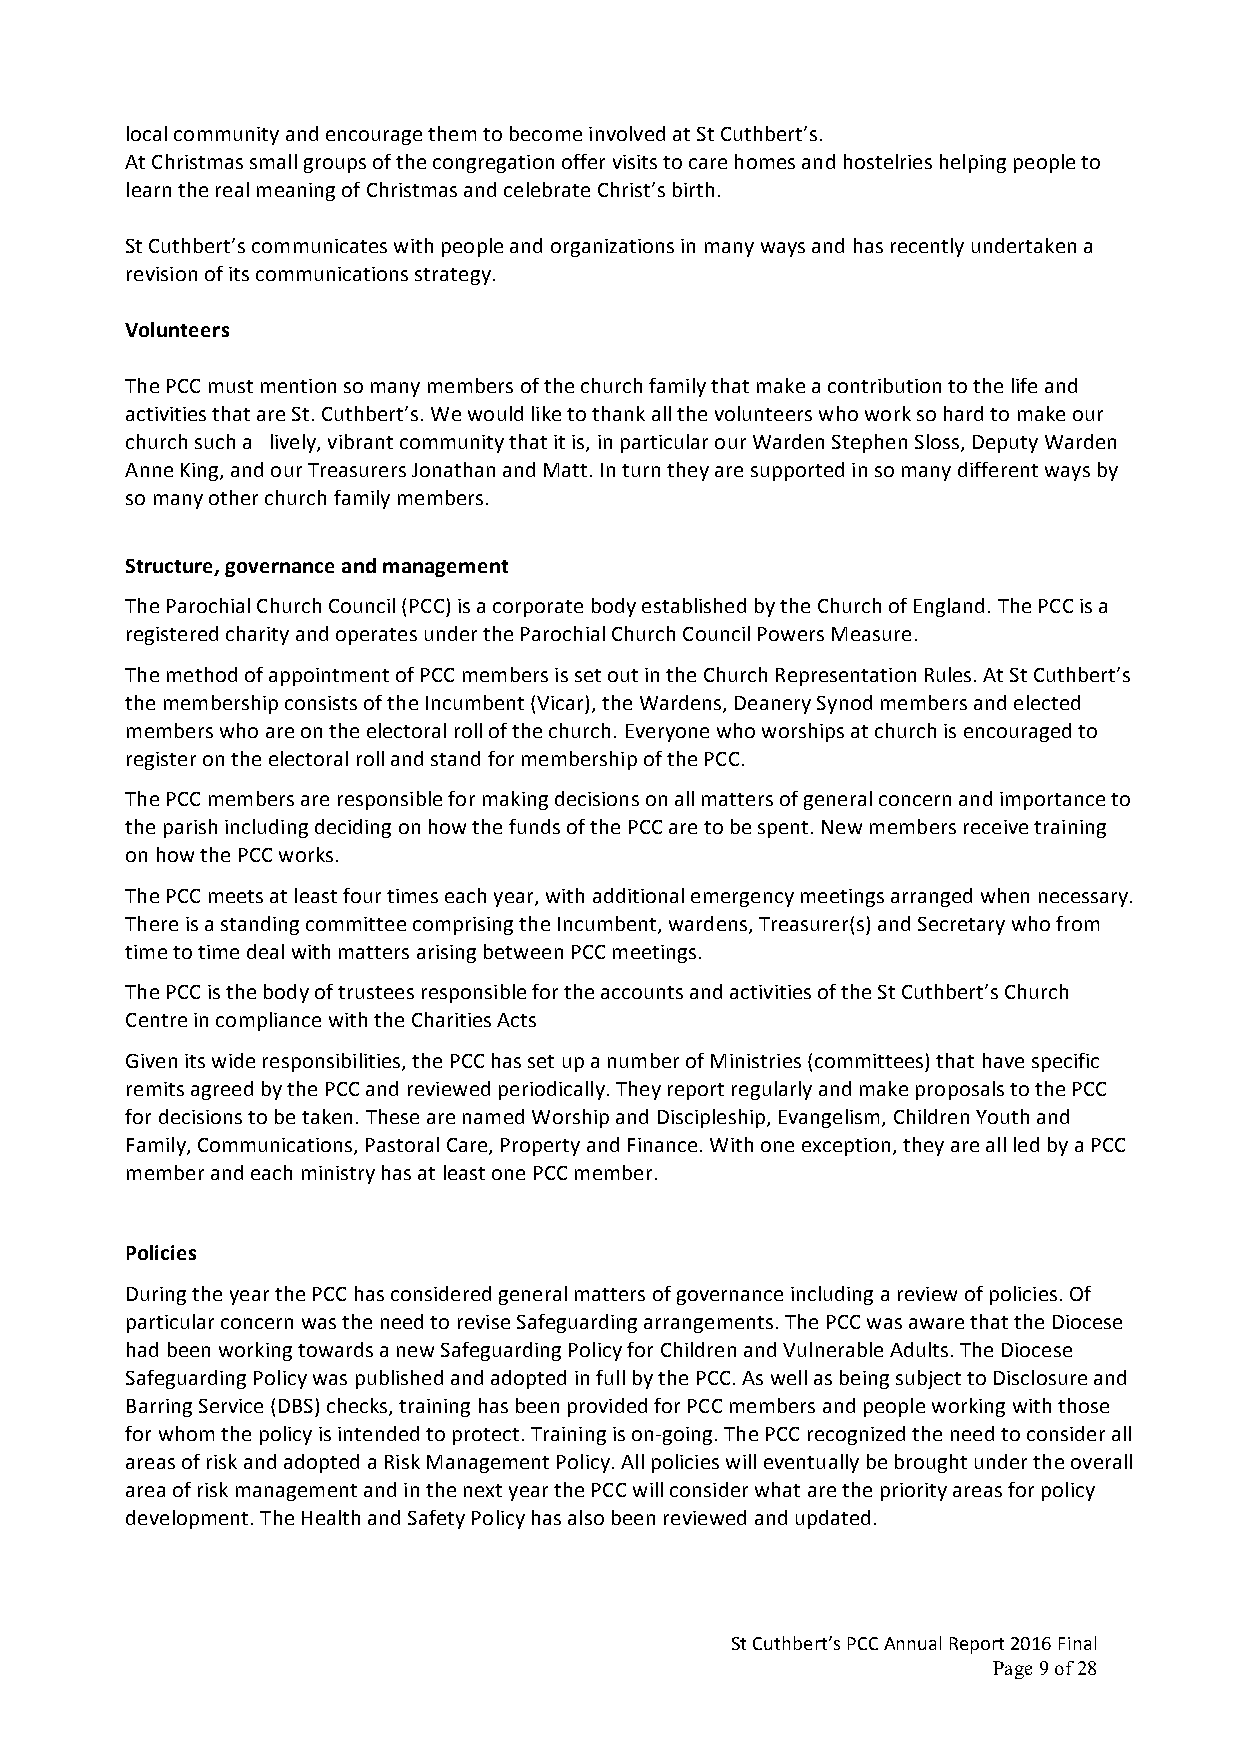
local community and encourage them to become involved at St Cuthbert’s.
 At Christmas small groups of the congregation offer visits to care homes and hostelries helping people to
 learn the real meaning of Christmas and celebrate Christ’s birth.
 St Cuthbert’s communicates with people and organizations in many ways and has recently undertaken a
 revision of its communications strategy.
 Volunteers
 The PCC must mention so many members of the church family that make a contribution to the life and
 activities that are St. Cuthbert’s. We would like to thank all the volunteers who work so hard to make our
 church such a lively, vibrant community that it is, in particular our Warden Stephen Sloss, Deputy Warden
 Anne King, and our Treasurers Jonathan and Matt. In turn they are supported in so many different ways by
 so many other church family members.
 Structure, governance and management
 The Parochial Church Council (PCC) is a corporate body established by the Church of England. The PCC is a
 registered charity and operates under the Parochial Church Council Powers Measure.
 The method of appointment of PCC members is set out in the Church Representation Rules. At St Cuthbert’s
 the membership consists of the Incumbent (Vicar), the Wardens, Deanery Synod members and elected
 members who are on the electoral roll of the church. Everyone who worships at church is encouraged to
 register on the electoral roll and stand for membership of the PCC.
 The PCC members are responsible for making decisions on all matters of general concern and importance to
 the parish including deciding on how the funds of the PCC are to be spent. New members receive training
 on how the PCC works.
 The PCC meets at least four times each year, with additional emergency meetings arranged when necessary.
 There is a standing committee comprising the Incumbent, wardens, Treasurer(s) and Secretary who from
 time to time deal with matters arising between PCC meetings.
 The PCC is the body of trustees responsible for the accounts and activities of the St Cuthbert’s Church
 Centre in compliance with the Charities Acts
 Given its wide responsibilities, the PCC has set up a number of Ministries (committees) that have specific
 remits agreed by the PCC and reviewed periodically. They report regularly and make proposals to the PCC
 for decisions to be taken. These are named Worship and Discipleship, Evangelism, Children Youth and
 Family, Communications, Pastoral Care, Property and Finance. With one exception, they are all led by a PCC
 member and each ministry has at least one PCC member.
 Policies
 During the year the PCC has considered general matters of governance including a review of policies. Of
 particular concern was the need to revise Safeguarding arrangements. The PCC was aware that the Diocese
 had been working towards a new Safeguarding Policy for Children and Vulnerable Adults. The Diocese
 Safeguarding Policy was published and adopted in full by the PCC. As well as being subject to Disclosure and
 Barring Service (DBS) checks, training has been provided for PCC members and people working with those
 for whom the policy is intended to protect. Training is on-going. The PCC recognized the need to consider all
 areas of risk and adopted a Risk Management Policy. All policies will eventually be brought under the overall
 area of risk management and in the next year the PCC will consider what are the priority areas for policy
 development. The Health and Safety Policy has also been reviewed and updated.
 St Cuthbert’s PCC Annual Report 2016 Final
 Page 9 of 28